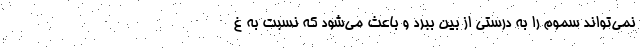
نمی‌تواند سموم را به درستی از بین ببرد و باعث می‌شود که نسبت به غ